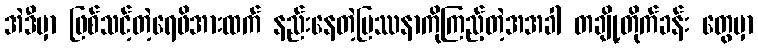
အဲဒီမှာ ဖြစ်သင့်တဲ့ရေဖိအားထက် နည်းနေတဲ့ပြဿနာကိုကြည့်တဲ့အအခါ တချို့တိုက်ခန်း တွေမှာ